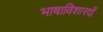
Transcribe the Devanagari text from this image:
भाषाविशारदों